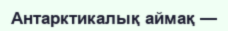
Антарктикалық аймақ —